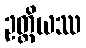
ဥတ္တိယဿ